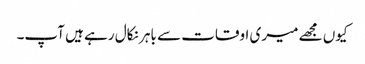
کیوں مجھے میری اوقات سے باہر نکال رہے ہیں آپ۔